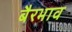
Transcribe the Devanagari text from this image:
बैरभाव